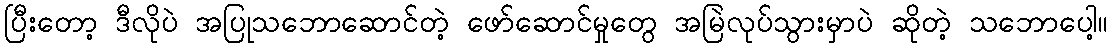
ပြီးတော့ ဒီလိုပဲ အပြုသဘောဆောင်တဲ့ ဖော်ဆောင်မှုတွေ အမြဲလုပ်သွားမှာပဲ ဆိုတဲ့ သဘောပေါ့။